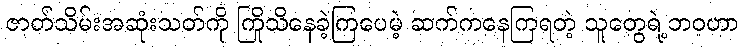
ဇာတ်သိမ်းအဆုံးသတ်ကို ကြိုသိနေခဲ့ကြပေမဲ့ ဆက်ကနေကြရတဲ့ သူတွေရဲ့ဘဝဟာ